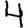
Digit: 4